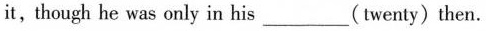
it, though he was only in his___(twenty)then.